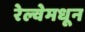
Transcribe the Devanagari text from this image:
रेल्वेमधून